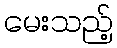
မေးသည့်